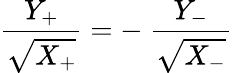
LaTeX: {\frac{Y_{+}}{\sqrt{X_{+}}}}=-~{\frac{Y_{-}}{\sqrt{X_{-}}}}